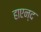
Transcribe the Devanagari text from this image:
हाएन्द